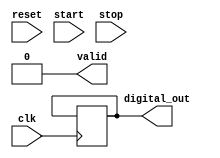
module TDC (
    input wire clk,                // High-frequency clock
    input wire reset,              // Reset signal
    input wire start,              // Start signal (rising edge)
    input wire stop,               // Stop signal (falling edge)
    output reg [15:0] digital_out, // Digital output from ADC
    output reg valid               // Valid output signal
);

    // Parameters
    parameter ADC_RESOLUTION = 16; // ADC resolution (bits)
    parameter MAX_MEASUREMENTS = 256; // Number of measurements to store

    // Internal signals
    reg [ADC_RESOLUTION-1:0] adc_value; // ADC value
    reg [15:0] memory [0:MAX_MEASUREMENTS-1]; // Memory block for storing digital values
    reg [7:0] write_pointer; // Pointer for writing to memory
    reg measuring; // Flag to indicate if measuring is in progress
    reg [31:0] capacitor_voltage; // Simulated capacitor voltage
    reg [31:0] current_source; // Current source (arbitrary value for simulation)

    // Initialize
    initial begin
        write_pointer = 0;
        measuring = 0;
        valid = 0;
        current_source = 1000; // Example constant current value
    end

    // Time Measurement Unit
    always @(posedge clk or posedge reset) begin
        if (reset) begin
            measuring <= 0;
            capacitor_voltage <= 0;
            write_pointer <= 0;
            valid <= 0;
        end else if (start && !measuring) begin
            measuring <= 1; // Start measuring
            capacitor_voltage <= 0; // Reset capacitor voltage
        end else if (measuring) begin
            if (!stop) begin
                // Charge the capacitor
                capacitor_voltage <= capacitor_voltage + current_source; // Simulate charging
            end else begin
                // Stop measuring
                measuring <= 0;
                adc_value <= capacitor_voltage[ADC_RESOLUTION-1:0]; // Simulate ADC conversion
                if (write_pointer < MAX_MEASUREMENTS) begin
                    memory[write_pointer] <= adc_value; // Store ADC value in memory
                    write_pointer <= write_pointer + 1; // Increment write pointer
                    valid <= 1; // Indicate valid output
                end
            end
        end
    end

    // Output the latest valid measurement
    always @(posedge clk) begin
        if (valid) begin
            digital_out <= memory[write_pointer - 1]; // Output the last stored value
            valid <= 0; // Reset valid signal
        end
    end

endmodule